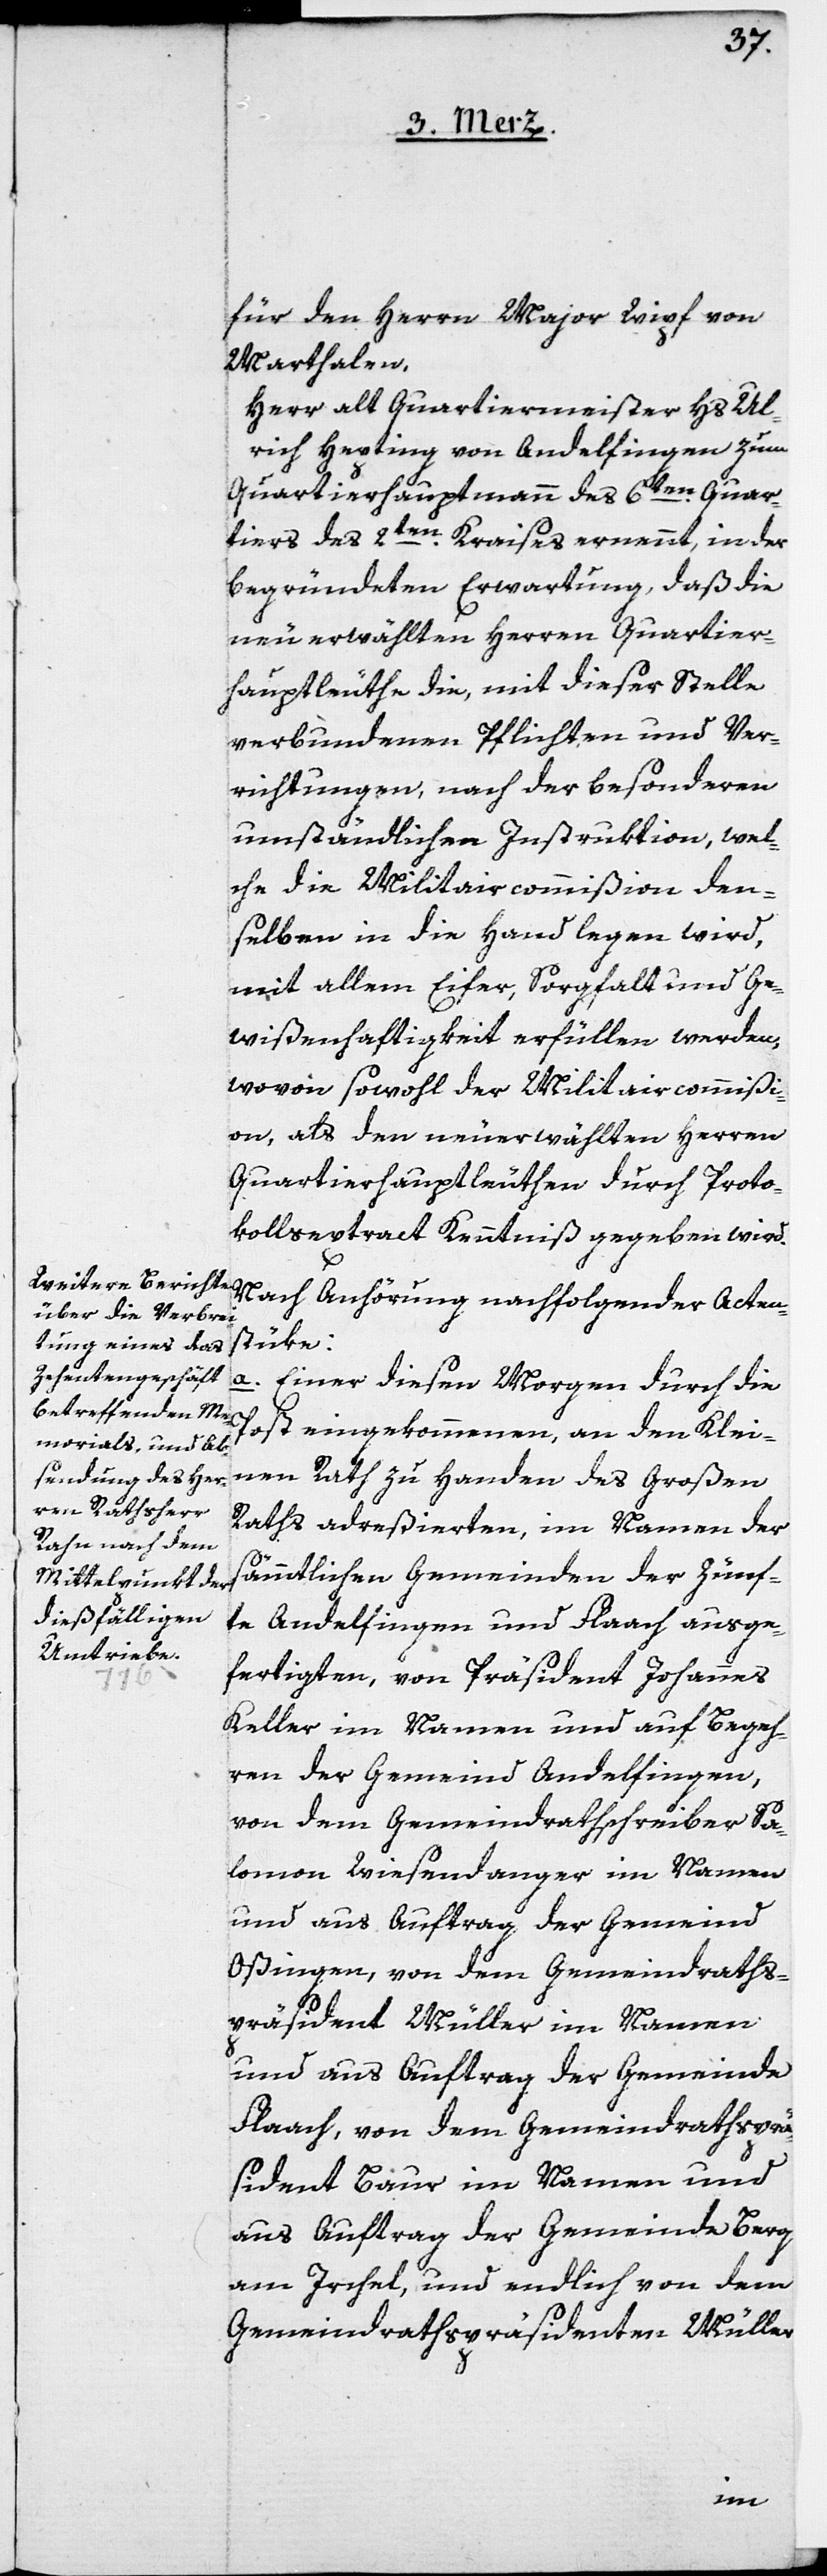
für den Herrn Major Wipf von
Marthalen,
Herr alt Quartiermeister Hs. Ul¬
rich Hepting von Andelfingen zum
Quartierhauptmann des 6ten Quar¬
tiers des 2ten Kreises ernennt; in der
begründeten Erwartung, daß die
neu erwählten Herren Quartier¬
hauptleuthe die, mit dieser Stelle
verbundenen Pflichten und Ver¬
richtungen, nach der besonderen
umständlichen Instruktion, wel¬
che die Militaircommißion den¬
selben in die Hand legen wird,
mit allem Eifer, Sorgfalt und Ge¬
wißenhaftigkeit erfüllen werden,
wovon sowohl der Militaircommißi¬
on, als den neuerwählten Herren
Quartierhauptleuthen durch Proto¬
kollsextract Kenntniß gegeben wird.
Nach Anhörung nachfolgender Acten¬
stücke:
a. Einer diesen Morgen durch die
Post eingekommenen, an den Klei¬
nen Rath zu Handen des Großen
Raths adreßierten, im Namen der
sämmtlichen Gemeinden der Zünf¬
te Andelfingen und Flaach ausge¬
fertigten, von Präsident Johannes
Keller im Namen und auf Begeh¬
ren der Gemeind Andelfingen,
von dem Gemeindrathschreiber Sa¬
lomon Wiesendanger im Namen
und aus Auftrag der Gemeind
Oßingen, von dem Gemeindraths¬
präsident Müller im Namen
und aus Auftrag der Gemeinde
Flaach, von dem Gemeindrathsprä¬
sident Baur im Namen und
aus Auftrag der Gemeinde Berg
am Irchel, und endlich von dem
Gemeindrathspräsidenten Müller